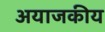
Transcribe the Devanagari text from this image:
अयाजकीय